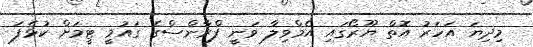
މިދިޔަ އަހަރު އޮތް ޔޫރޯގައި އެމްވިލާ ވަނީ ފްރާންސްގެ ގައުމީ ޓީމަށް ކުޅެފަ